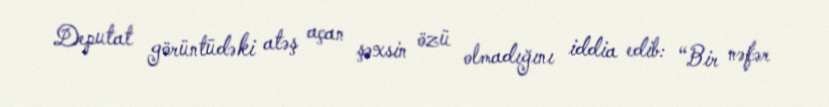
Deputat görüntüdəki atəş açan şəxsin özü olmadığını iddia edib: “Bir nəfər